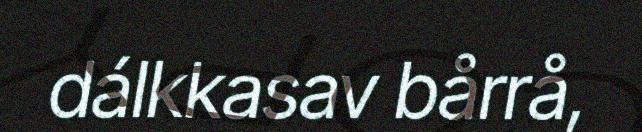
dálkkasav bårrå,